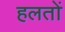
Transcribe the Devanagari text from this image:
हलतों